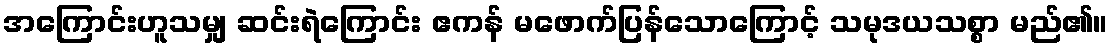
အကြောင်းဟူသမျှ ဆင်းရဲကြောင်း ဧကန် မဖောက်ပြန်သောကြောင့် သမုဒယသစ္စာ မည်၏။